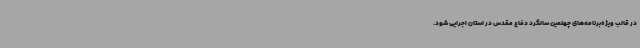
در قالب ویژه‌برنامه‌های چهلمین سالگرد دفاع مقدس در استان اجرایی شود.